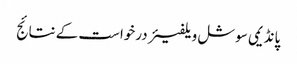
پانڈیمی سوشل ویلفیئر درخواست کے نتائج